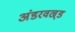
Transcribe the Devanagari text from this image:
अंडरवल्र्ड